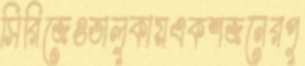
সিরিজেওভালুকায়একশজনেরপু